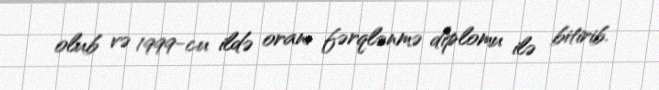
olub və 1999-cu ildə oranı fərqlənmə diplomu ilə bitirib.